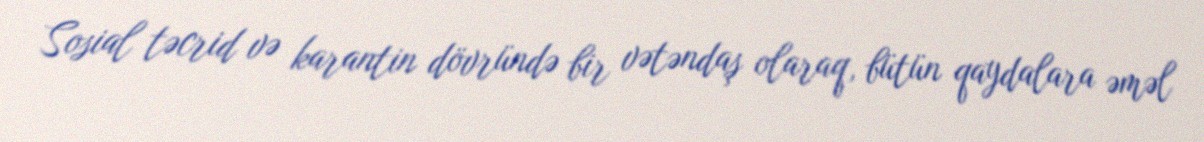
Sosial təcrid və karantin dövründə bir vətəndaş olaraq, bütün qaydalara əməl